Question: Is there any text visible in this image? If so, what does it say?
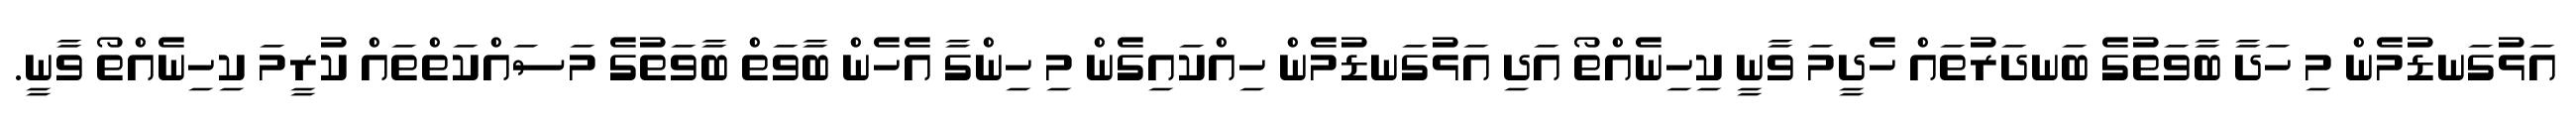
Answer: އަޅުގަނޑުމެން މި ހަދާ ބާވަތުގެ ބަނދަރުތައް ހެދީމަ ވާނީ ކިހިނެއްތޯ އަދި އަޅުގަނޑުމެން ހިއްކައިގެން މި ހިންގާ އެހެން ބާވަތް ބާވަތުގެ މަސައްކަތްތައް ކުރީމަ ކިހިނެއްތޯ ވާނީ.